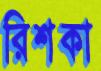
রিশকা